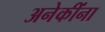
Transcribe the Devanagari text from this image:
अनेकींना